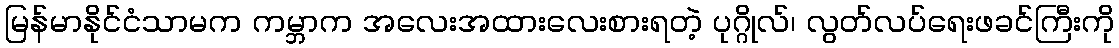
မြန်မာနိုင်ငံသာမက ကမ္ဘာက အလေးအထားလေးစားရတဲ့ ပုဂ္ဂိုလ်၊ လွတ်လပ်ရေးဖခင်ကြီးကို